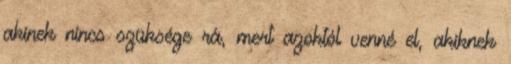
akinek nincs szüksége rá, mert azoktól venné el, akiknek